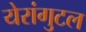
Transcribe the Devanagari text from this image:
येरांगुटल